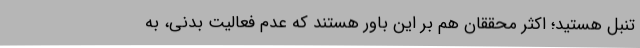
تنبل هستید؛ اکثر محققان هم بر این باور هستند که عدم فعالیت بدنی، به